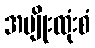
အမျိုးထုံးစံ